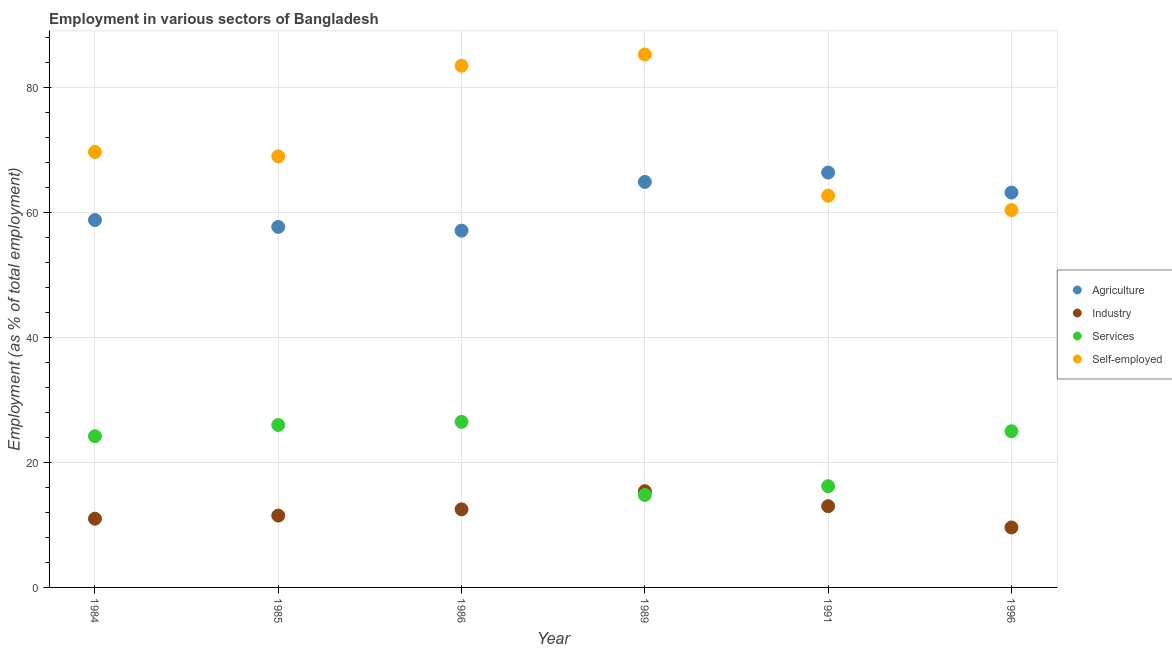
| Year | Agriculture | Industry | Services | Self-employed |
 | --- | --- | --- | --- | --- |
 | 1984 | 58.8 | 11 | 24.2 | 69.7 |
 | 1985 | 57.7 | 11.5 | 26 | 69 |
 | 1986 | 57.1 | 12.5 | 26.5 | 83.5 |
 | 1989 | 64.9 | 15.4 | 14.8 | 85.3 |
 | 1991 | 66.4 | 13 | 16.2 | 62.7 |
 | 1996 | 63.2 | 9.6 | 25 | 60.4 |